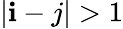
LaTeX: \vert\mathbf{i}-j\vert>1